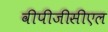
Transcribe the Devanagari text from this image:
वीपीजीसीएल